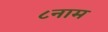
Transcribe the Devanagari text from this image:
८नाम